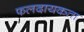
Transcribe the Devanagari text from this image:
फलदायकता